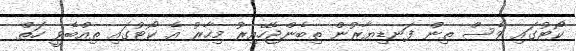
ކޯޓުގައި ވެސް ތިން ފަނޑިޔާރުން ތިބެންޖެހޭއިރު މިހާރު އެ ކޯޓުގައި ތިއްބެވީ ހަތް